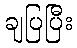
ချပြပြီး